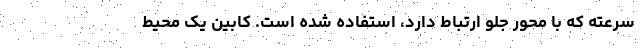
سرعته که با محور جلو ارتباط دارد، استفاده شده است. کابین یک محیط